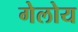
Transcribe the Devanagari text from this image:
गेलोय